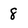
Character: 8